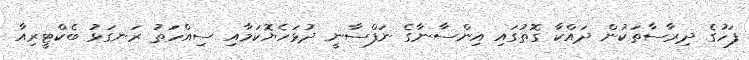
ފަހުގެ ދިރާސާތަކުން ދައްކާ ގޮތުގައި އިންސާނާގެ ނަފްސާނީ ދުޅަހެޔޮކަމާއި ސިއްހަތު ރަނގަޅު ބެކްޓީރިއާ